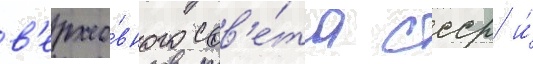
в'ерхо́вного сов'е́та ссср и́